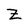
Character: Z